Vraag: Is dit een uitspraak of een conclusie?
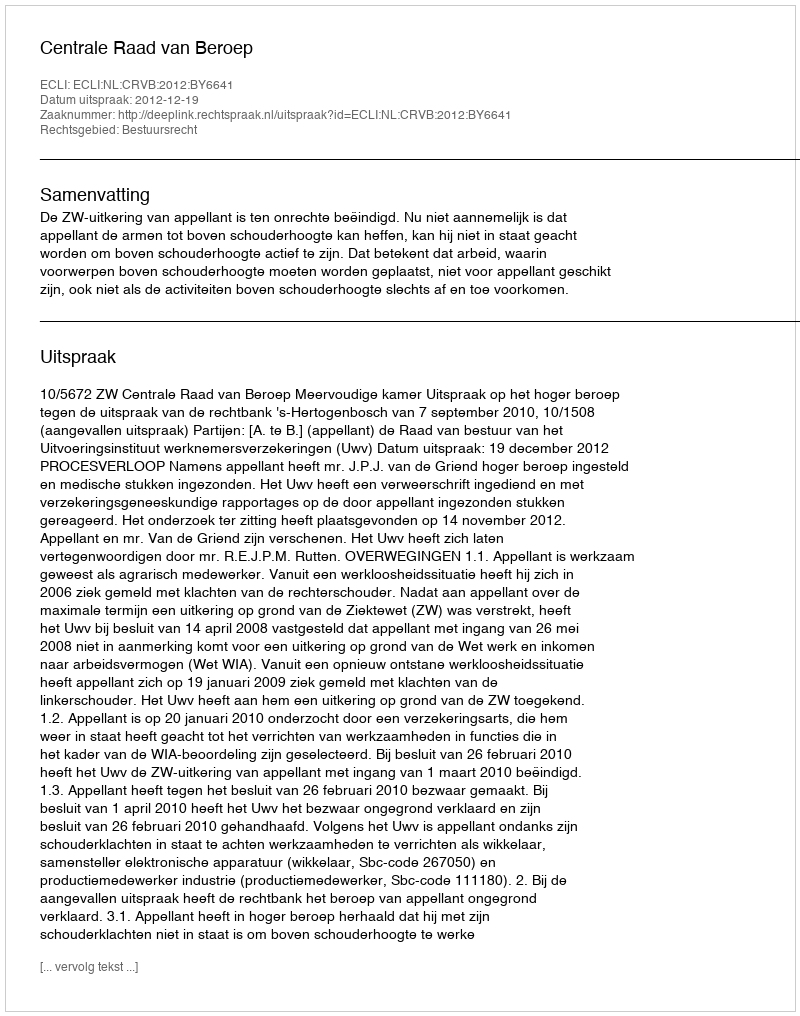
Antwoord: Uitspraak